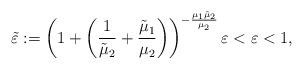
LaTeX: \begin{align*}\tilde\varepsilon := \left(1 + \left(\frac{1}{\tilde\mu_2}+\frac{\tilde\mu_1}{\mu_2}\right)\right) ^{-\frac{\mu_1\tilde\mu_2}{\mu_2}}\varepsilon < \varepsilon < 1,\end{align*}